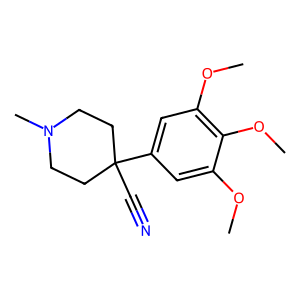
SMILES: COc1cc(C2(C#N)CCN(C)CC2)cc(OC)c1OC
Inhibits HIV replication: No